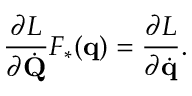
{ \frac { \partial L } { \partial { \dot { \mathbf { Q } } } } } F _ { * } ( \mathbf { q } ) = { \frac { \partial L } { \partial { \dot { \mathbf { q } } } } } .